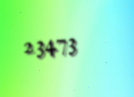
23473